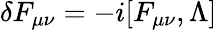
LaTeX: \delta F_{\mu\nu}=-i[F_{\mu\nu},\Lambda]